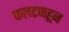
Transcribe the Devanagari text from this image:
फलटणहून